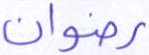
رضوان